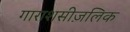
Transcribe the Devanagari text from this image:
गाराशसीज़लिक